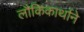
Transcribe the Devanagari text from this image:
लौकिकार्थाने